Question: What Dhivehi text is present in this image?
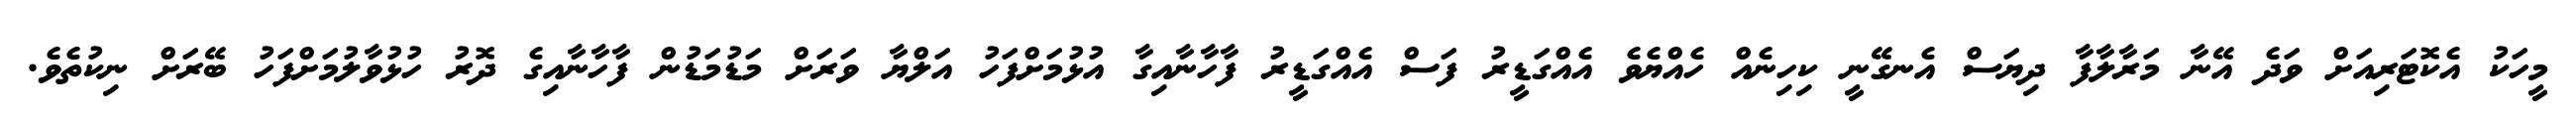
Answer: މީހަކު އެކޮޓަރިއަށް ވަދެ އޭނާ މަރާލާފާ ދިޔަސް އެނގޭނީ ކިހިނެއް ހެއްޔެވެ އެއްގަޑީރު ފަސް އެއްގަޑީރު ފާހާނާއިގާ އުޅުމަށްފަހު އަލްޔާ ވަރަށް މަޑުމަޑުން ފާހާނާއިގެ ދޮރު ހުޅުވާލުމަށްފަހު ބޭރަށް ނިކުތެވެ.